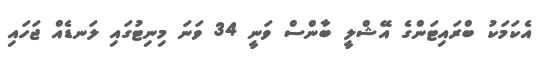
އެކަމަކު ބްރައިޓަންގެ އޭޝްލީ ބާންސް ވަނީ 34 ވަނަ މިނިޓުގައި ލަނޑެއް ޖަހައި